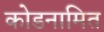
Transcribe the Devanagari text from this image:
कोडनामित